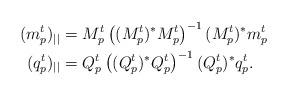
LaTeX: \begin{align*}(m_p^t)_{||}&=M_p^t\left((M_p^t)^*M_p^t\right)^{-1}(M_p^t)^*m_p^t\\(q_p^t)_{||}&=Q_p^t\left((Q_p^t)^*Q_p^t\right)^{-1}(Q_p^t)^*q_p^t.\end{align*}